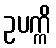
ဥပက္ကိ